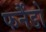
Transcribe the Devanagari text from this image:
फर्नैंडो